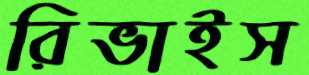
রিভাইস